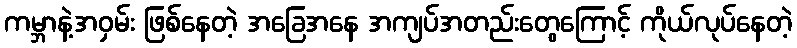
ကမ္ဘာနဲ့အဝှမ်း ဖြစ်နေတဲ့ အခြေအနေ အကျပ်အတည်းတွေကြောင့် ကိုယ်လုပ်နေတဲ့